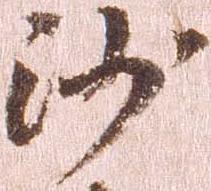
沙